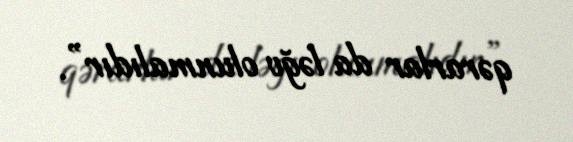
qərarlar da ləğv olunmalıdır”.